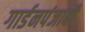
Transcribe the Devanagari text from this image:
गार्डनपंजाबी